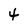
Character: 4